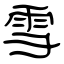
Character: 雪